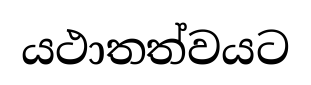
යථාතත්වයට